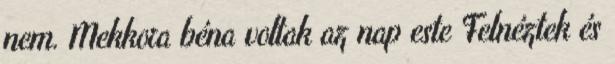
nem. Mekkora béna voltak az nap este Felnéztek és